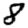
Digit: 8